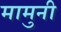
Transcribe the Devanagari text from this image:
मामुनी